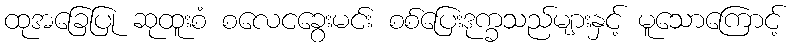
ထုအခြေပြု ဆုထူးစံ စလေငခွေးမင်း စစ်ပြေးဒုက္ခသည်များနှင့် မူသောကြောင့်